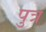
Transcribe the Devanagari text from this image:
पुत्र